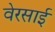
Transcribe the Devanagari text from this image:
वेरसाई